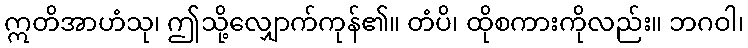
ဣတိအာဟံသု၊ ဤသို့လျှောက်ကုန်၏။ တံပိ၊ ထိုစကားကိုလည်း။ ဘဂဝါ၊